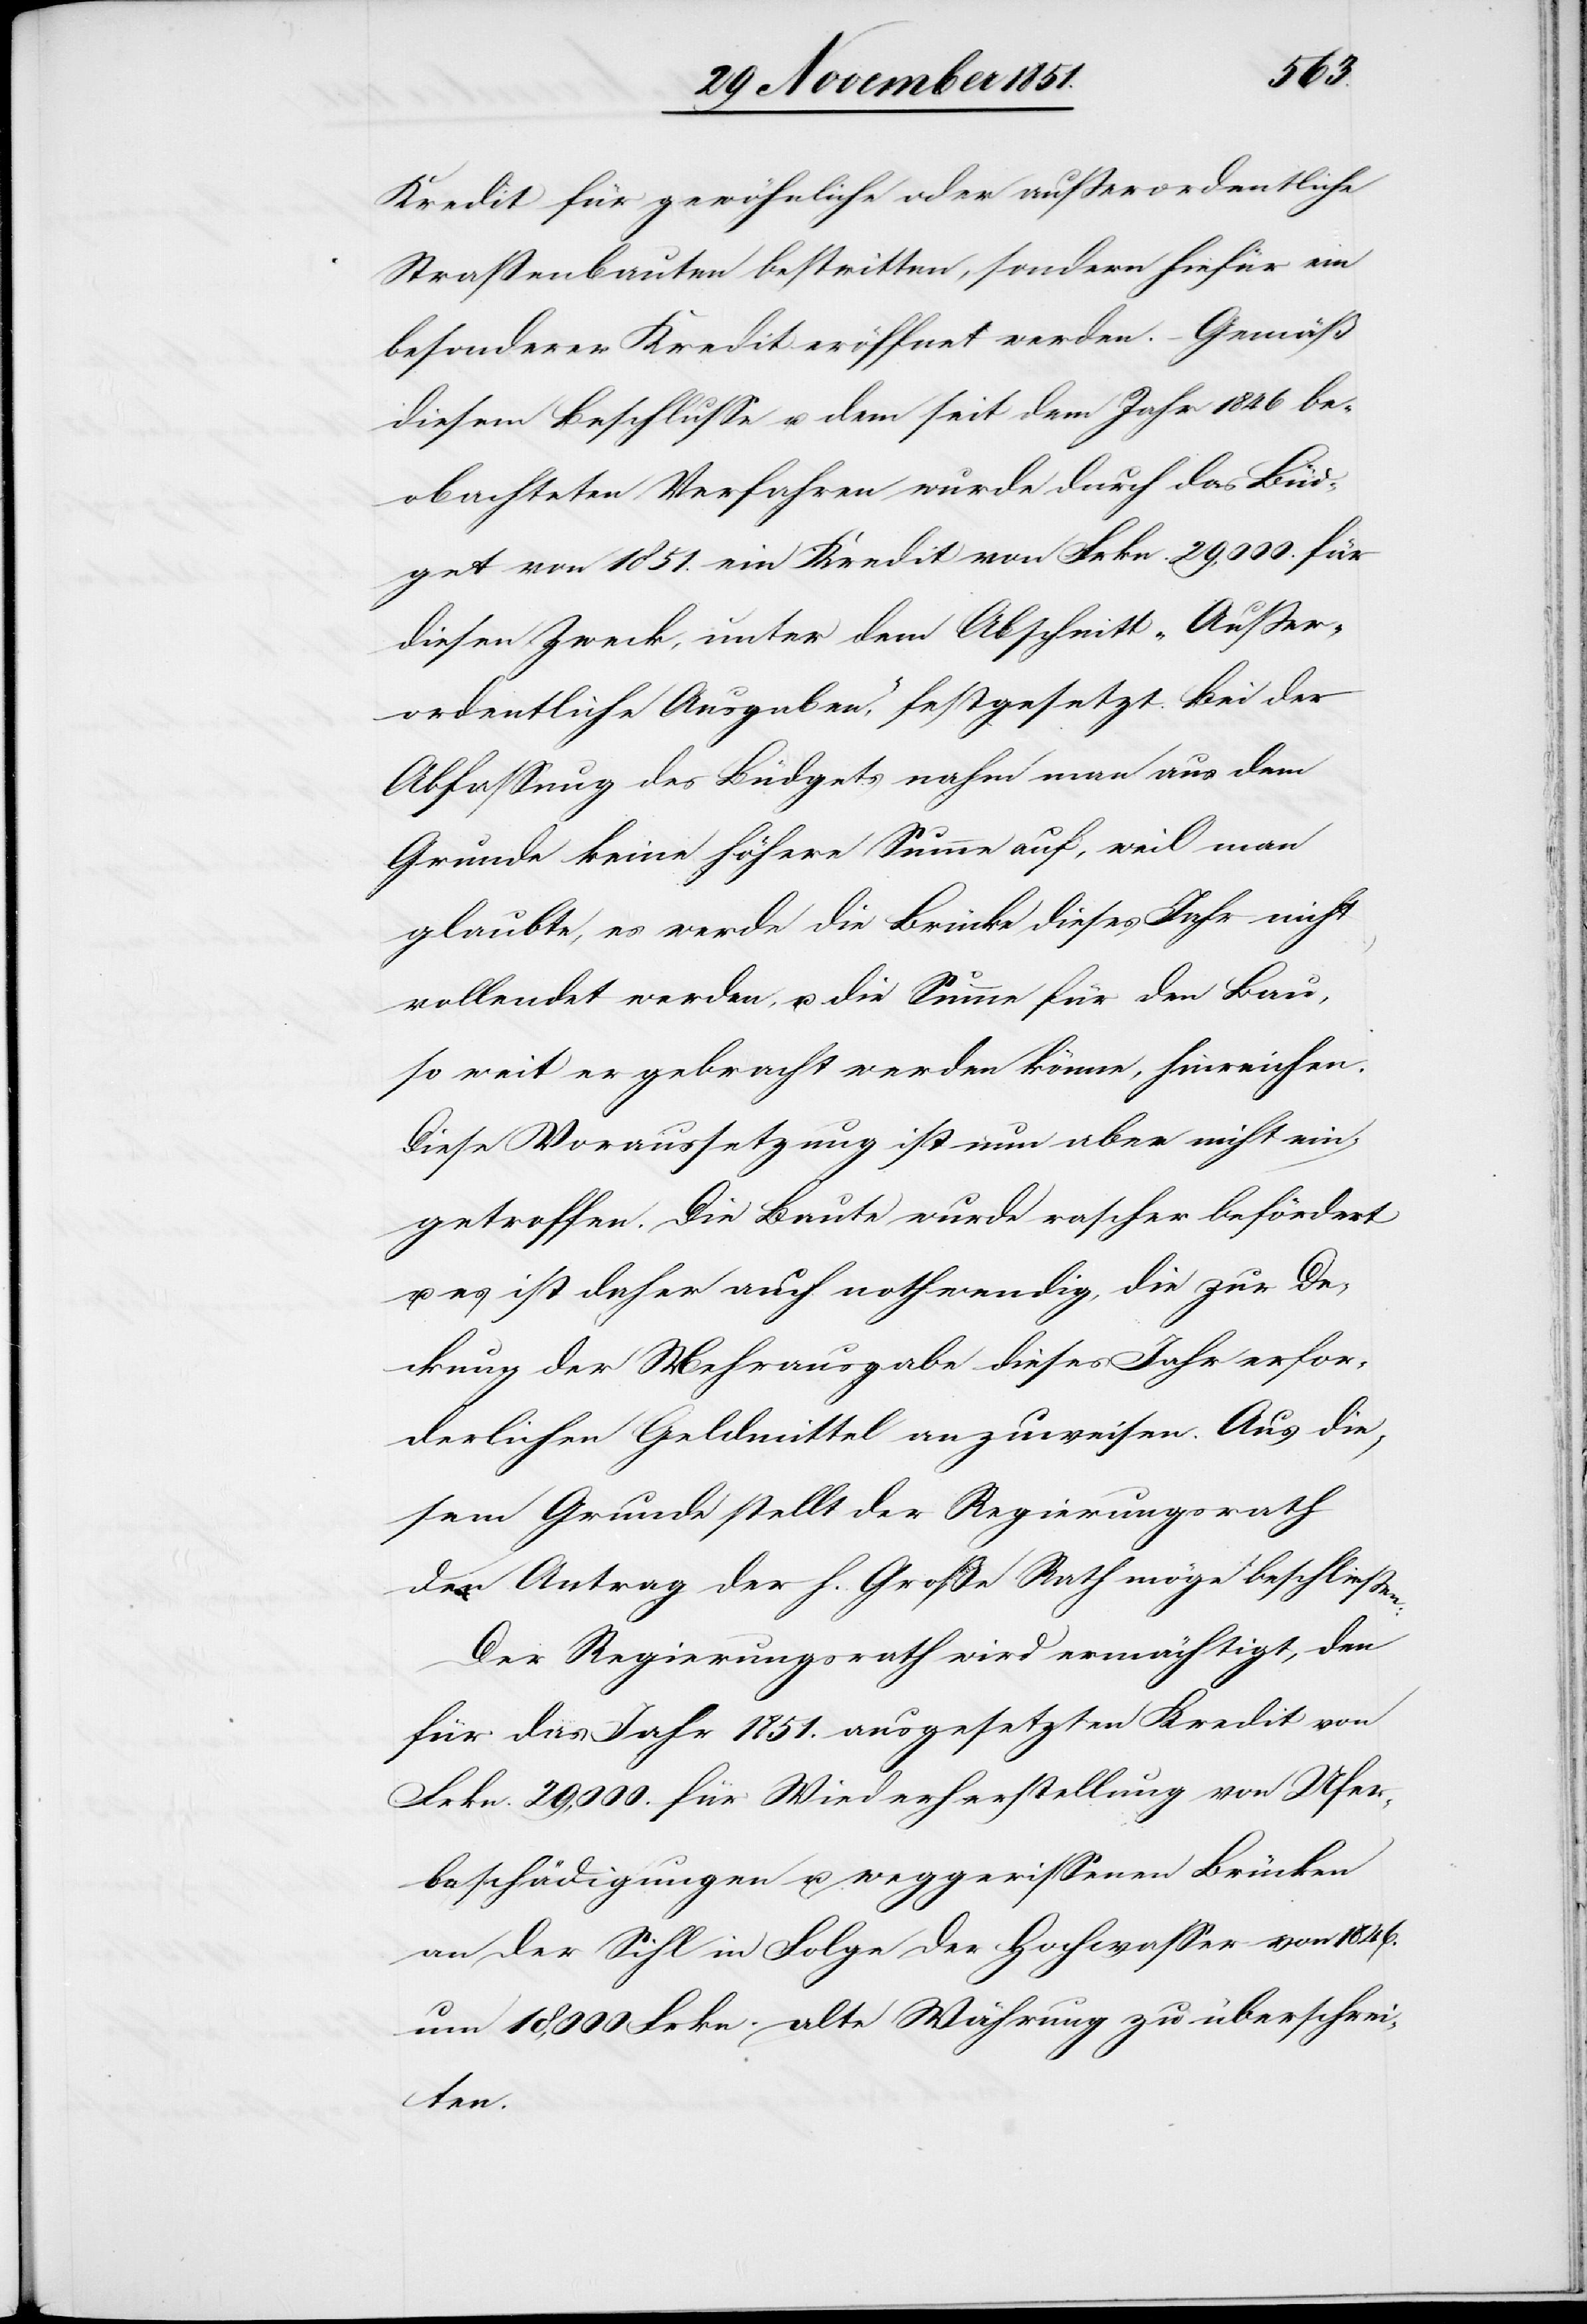
Kredit für gewöhnliche oder außerordentliche
Straßenbauten bestritten, sondern hiefür ein
besonderer Kredit eröffnet werden. – Gemäß
diesem Beschlusse u. dem seit dem Jahr 1846 be¬
obachteten Verfahren wurde durch das Büd¬
get von 1851. ein Kredit von Frkn. 29,000. für
diesen Zweck, unter dem Abschnitt „Außer¬
ordentliche Ausgaben“, festgesetzt. Bei der
Abfassung des Büdgets nahm man aus dem
Grunde keine höhere Summe auf, weil man
glaubte, es werde die Brücke dieses Jahr nicht
vollendet werden, u. die Summe für den Bau,
so weit er gebracht werden könne, hinreichen.
Diese Voraussetzung ist nun aber nicht ein¬
getroffen. Die Baute wurde rascher befördert
u. es ist daher auch nothwendig, die zur De¬
ckung der Mehrausgabe dieses Jahr erfor¬
derlichen Geldmittel anzuweisen. Aus die¬
sem Grunde stellt der Regierungsrath
den Antrag der h. Große Rath möge beschließen:
Der Regierungsrath wird ermächtigt, den
für das Jahr 1851. ausgesetzten Kredit von
Frkn. 29,000. für Wiederherstellung von Ufer¬
beschädigungen u. weggerissenen Brücken
an der Sihl in Folge der Hochwasser von 1846.
um 18,000 Frkn. alte Währung zu überschrei¬
ten.